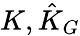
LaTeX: K,{\hat{K}}_{G}